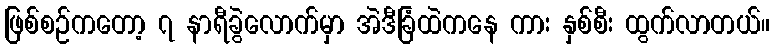
ဖြစ်စဉ်ကတော့ ၇ နာရီခွဲလောက်မှာ အဲဒီခြံထဲကနေ ကား နှစ်စီး ထွက်လာတယ်။